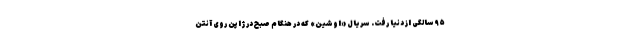
۹۵ سالگی از دنیا رفت. سریال «اوشین» که در هنگام صبح در ژاپن روی آنتن